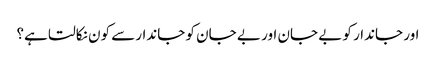
اور جاندار کو بے جان اور بے جان کو جاندارسے کون نکالتا ہے؟